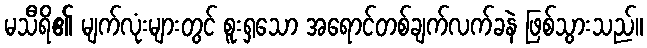
မသီရိ၏ မျက်လုံးများတွင် စူးရှသော အရောင်တစ်ချက်လက်ခနဲ ဖြစ်သွားသည်။